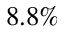
8 . 8 \%